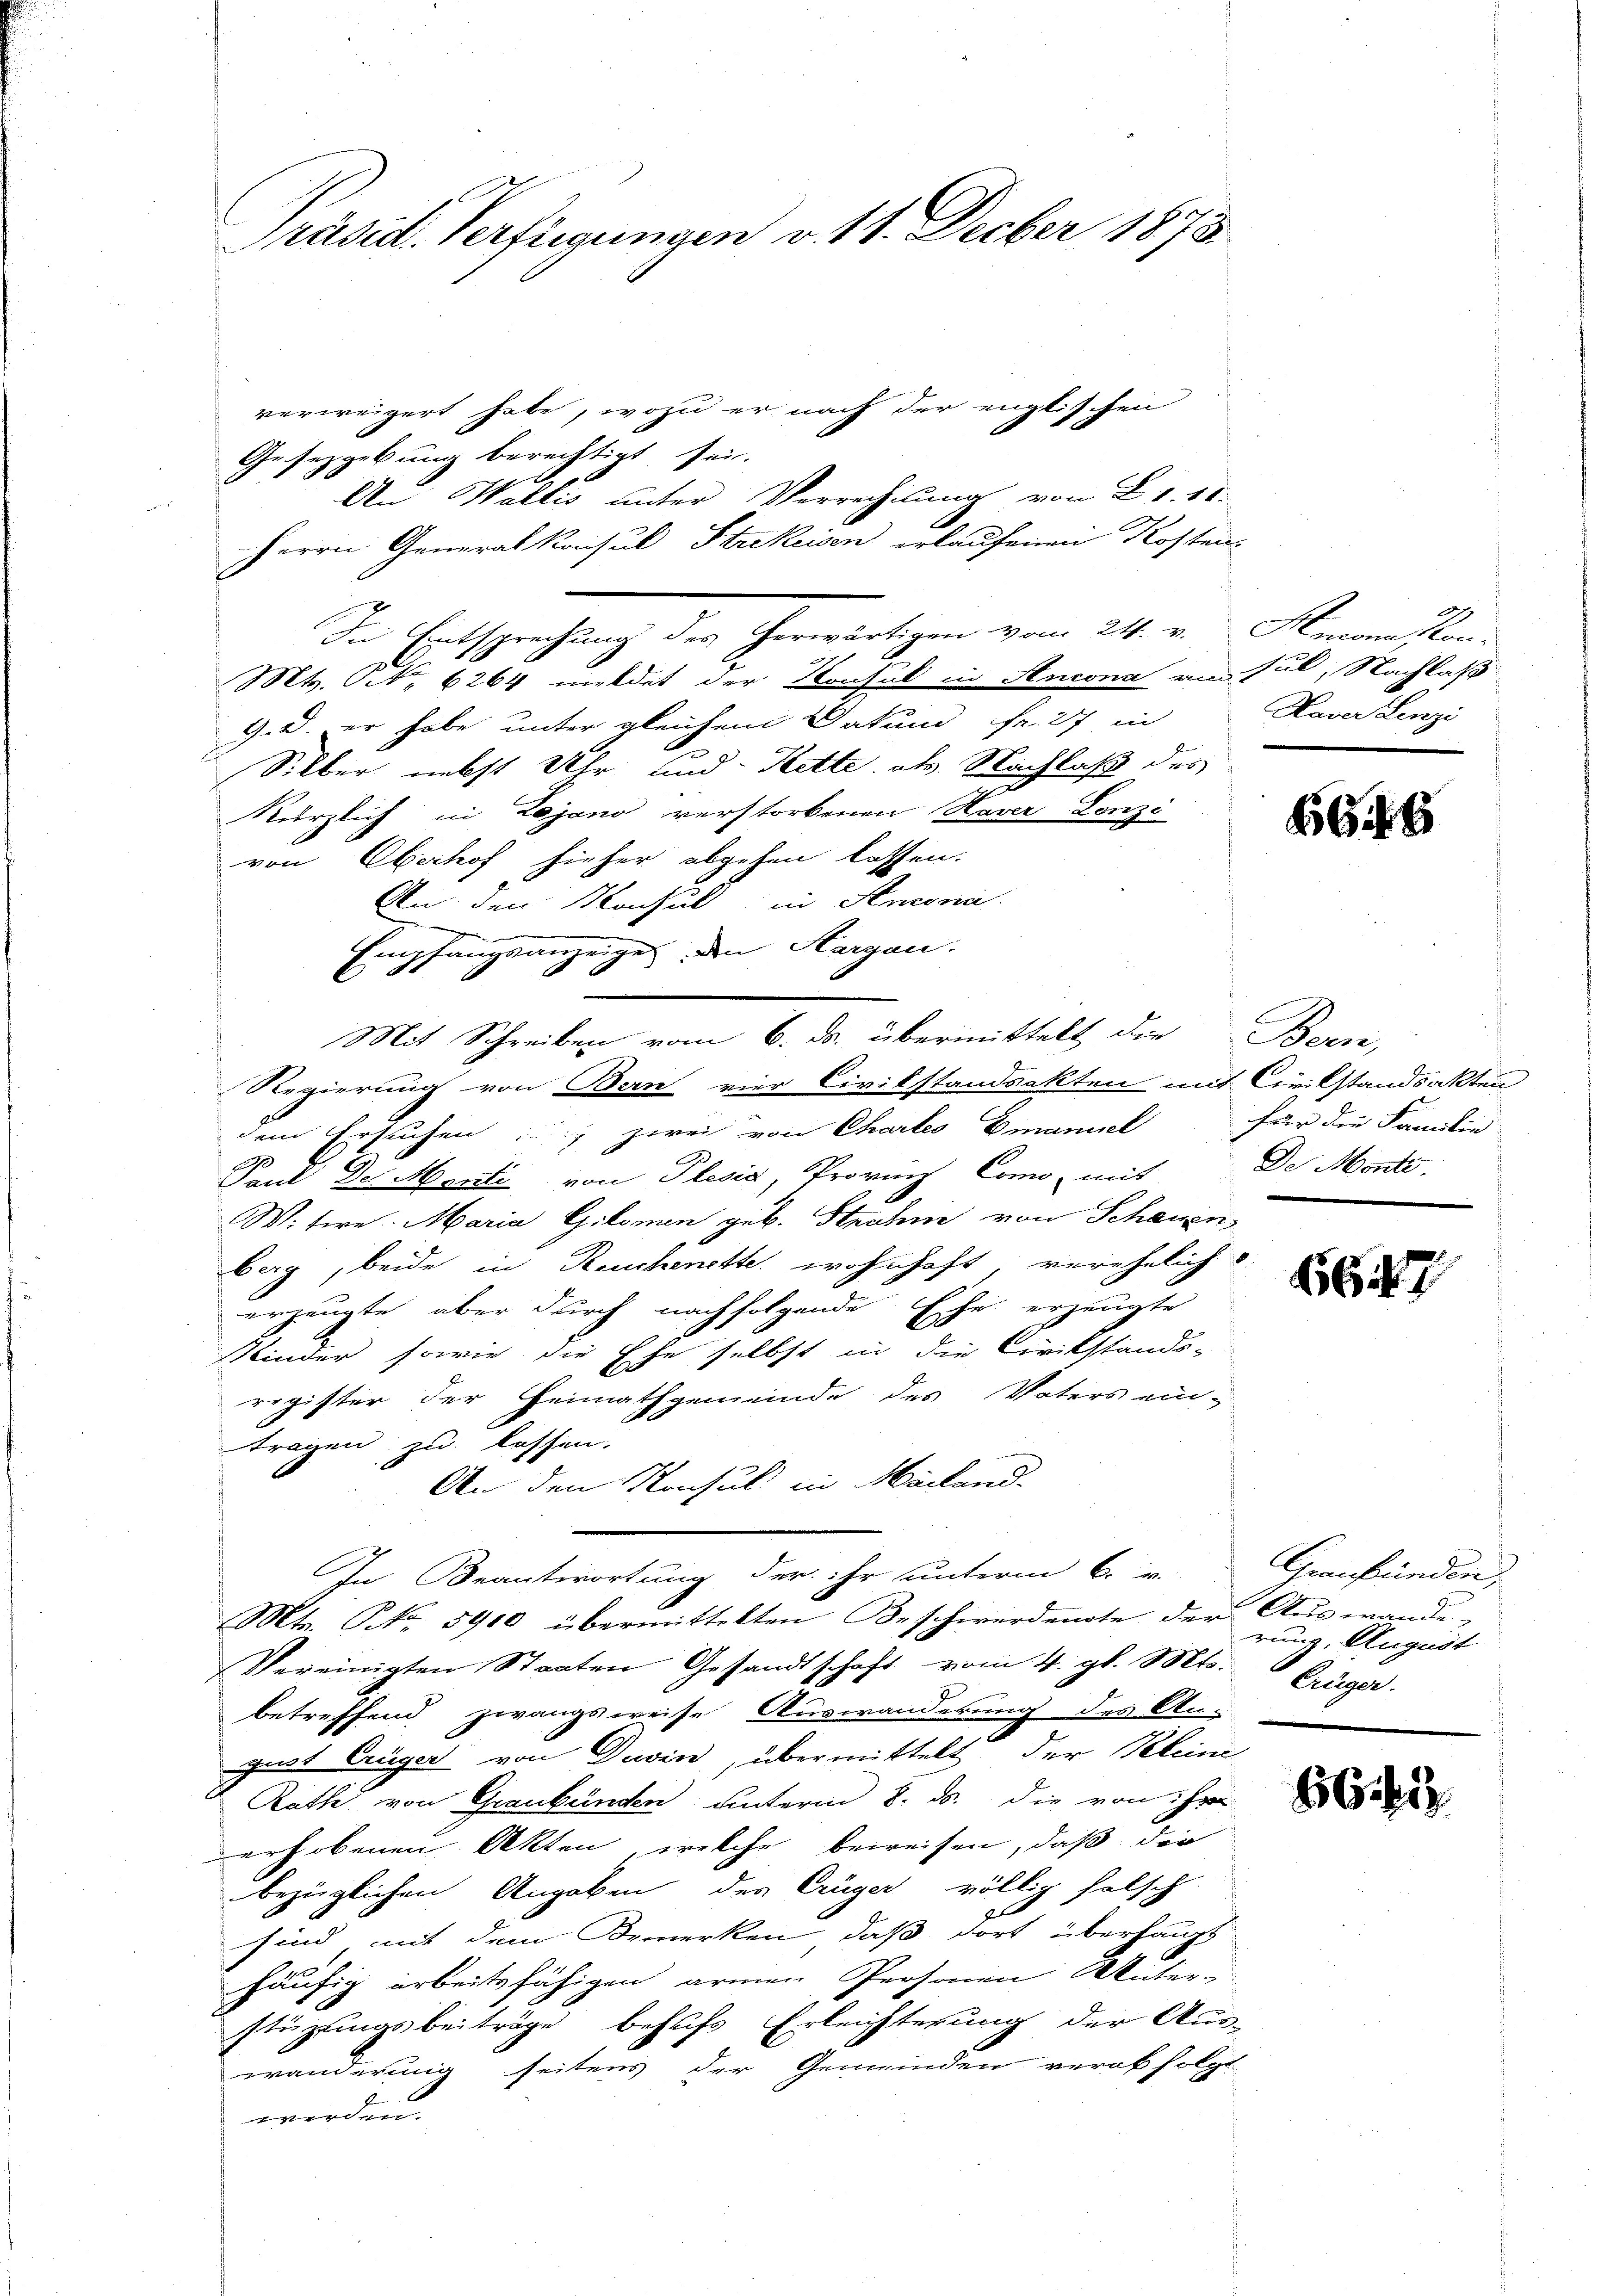
Präsid. Verfügungen v. 11. Decber 1873.

verweigert habe, wozu er nach der englischen
Gesetzgebung berechtigt sei.
An Wallis unter Verrechtung von Fr. 10.
Herrn Generalkonsul Strikeisen erlaufenen Kosten-
Mts. Frk. 6264 meldet der Konsul in Stucona ans sul, Nachlaß
G.d. er habe unter gleichem Datum fr. 27 in
Silber nebst Uhr und Kette als Nachlaß des
kürzlich in Lojano verstorbenen Haver Lenzi
von Eberhof hieher abgehen lassen.
An den Nachal in Senona
in einen
Empfangsanzeiges den Hergan.
Regierung von Bern vier Civilstandsakten mit Civilstandsakten
dem Ersuchen zwei von Chartes Emanuel
Paul Der Menti von Plesia, Provinz Como, mit
Witire. Maria Gilomen geb. Strohne von Schauen
berg, beide in Reuchenette wohnhaft verehelich
erzeugte, aber durch nachfolgende Ehe erzeugte
Minder sowie die Ehe selbst in die Civilstands-
register der Heimathgemeinde des Vaters ein-
tragen zu lassen.
An den Konsul in Mailand.
In Beantwortung der ihr unterm 6. v.
Mts. No. 5900 übermittelten Beschwerdente der Auswande
Vereinigten Staaten Gesandtschaft vom 4. gl. Mts.
2
betreffend zwangsweise Auswanderung des An-
gust trüger von Divin, übermittelt der Peteni
Rathe von Graubünden unterm 8. ds. die von ihre
erhobenen Akten, welche beweisen, daß die
bezüglichen Angeben des Crüger völlig falsch
gt
sind, mit dem Bemerken, daß dort überhaupt
häufig arbeitsfähigen armen Personen Unterstüzungsbeiträge behufs Erleichterung der Aus-
wänderung seitens der Gemeinden verabfolgt
worden

Mit Schreiben vom 6. ds. übermittelt die Bern,

In Entsprechung des herwärtigen vom 24. v. Amon Con-

A
Haver Lenzi

6649

E
für die Familie
De Monte.

6647

Graubünden,
rung, August
legger.

656